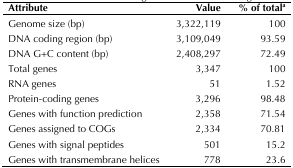
<table><thead><tr><td><b>Attribute</b></td><td><b>Value</b></td><td><b>% of total<sup>a</sup></b></td></tr></thead><tbody><tr><td>Genome size (bp)</td><td>3,322,119</td><td>100</td></tr><tr><td>DNA coding region (bp)</td><td>3,109,049</td><td>93.59</td></tr><tr><td>DNA G+C content (bp)</td><td>2,408,297</td><td>72.49</td></tr><tr><td>Total genes</td><td>3,347</td><td>100</td></tr><tr><td>RNA genes</td><td>51</td><td>1.52</td></tr><tr><td>Protein-coding genes</td><td>3,296</td><td>98.48</td></tr><tr><td>Genes with function prediction</td><td>2,358</td><td>71.54</td></tr><tr><td>Genes assigned to COGs</td><td>2,334</td><td>70.81</td></tr><tr><td>Genes with signal peptides</td><td>501</td><td>15.2</td></tr><tr><td>Genes with transmembrane helices</td><td>778</td><td>23.6</td></tr></tbody></table>